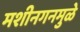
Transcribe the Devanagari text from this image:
मशीनगनमुळे